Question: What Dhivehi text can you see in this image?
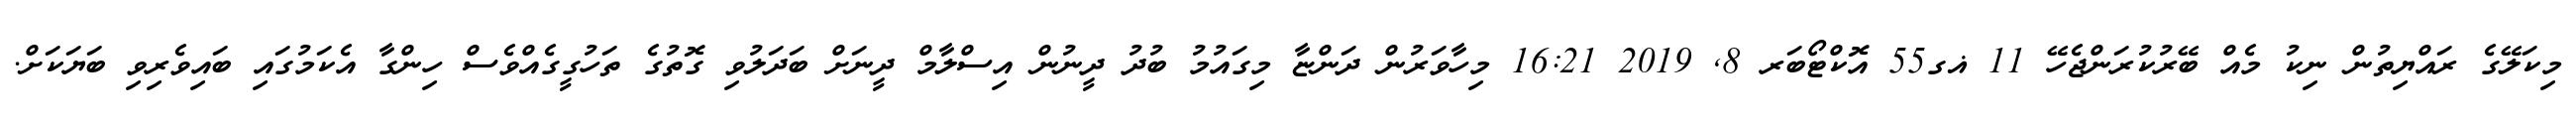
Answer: މިކަލޭގެ ރައްޔިތުން ނިކު މެއް ބޭރުކުރަންޖެހޭ 11 ޣގ55 އޮކްޓޯބަރ 8, 2019 16:21 މިހާވަރުން ދަންޏާ މިގައުމު ބުދު ދީނުން އިސްލާމް ދީނަށް ބަދަލުވި ގޮތުގެ ތަހުގީގެއްވެސް ހިންގާ އެކަމުގައި ބައިވެރިވި ބަޔަކަށް.